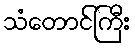
သံတောင်ကြီး